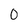
Character: 0